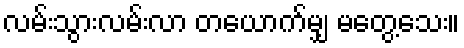
လမ်းသွားလမ်းလာ တယောက်မျှ မတွေ့သေး။